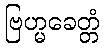
ဗြဟ္မခေတ္တံ